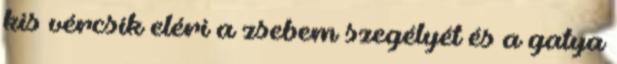
kis vércsík eléri a zsebem szegélyét és a gatya